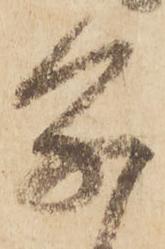
条